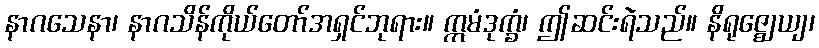
နာဂသေနာ၊ နာဂသိန်ကိုယ်တော်အရှင်ဘုရား။ ဣမံဒုက္ခံ၊ ဤဆင်းရဲသည်။ နိရုဇ္ဈေယျ၊